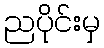
ညပိုင်းမှ